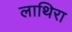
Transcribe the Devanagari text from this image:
लाथिरा